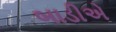
બાડીએ